Annual statistical returns and brief notes on vaccination in Bengal - 1909-1929
Year: 1909
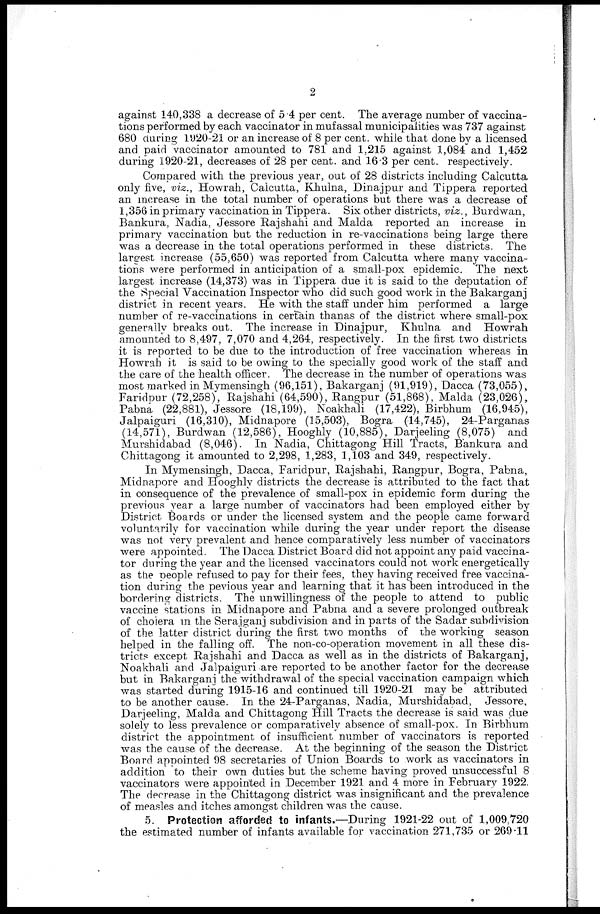
2
against 140,338 a decrease of 5.4 per cent. The average number of vaccina-
tions performed by each vaccinator in mufassal municipalities was 737 against
680 during 1920-21 or an increase of 8 per cent. while that done by a licensed
and paid vaccinator amounted to 781 and 1,215 against 1,084 and 1,452
during 1920-21, decreases of 28 per cent. and 16.3 per cent. respectively.
Compared with the previous year, out of 28 districts including Calcutta
only five, viz., Howrah, Calcutta, Khulna, Dinajpur and Tippera reported
an increase in the total number of operations but there was a decrease of
1,356 in primary vaccination in Tippera. Six other districts, viz., Burdwan,
Bankura, Nadia, Jessore Rajshahi and Malda reported an increase in
primary vaccination but the reduction in re-vaccinations being large there
was a decrease in the total operations performed in these districts. The
largest increase (55,650) was reported from Calcutta where many vaccina-
tions were performed in anticipation of a small-pox epidemic. The next
largest increase (14,373) was in Tippera due it is said to the deputation of
the Special Vaccination Inspector who did such good work in the Bakarganj
district in recent years. He with the staff under him performed a large
number of re-vaccinations in certain thanas of the district where small-pox
generally breaks out. The increase in Dinajpur, Khulna and Howrah
amounted to 8,497, 7,070 and 4,264, respectively. In the first two districts
it is reported to be due to the introduction of free vaccination whereas in
Howrah it is said to be owing to the specially good work of the staff and
the care of the health officer. The decrease in the number of operations was
most marked in Mymensingh (96,151), Bakarganj (91,919), Dacca (73,055),
Faridpur (72,258), Rajshahi (64,590), Rangpur (51,868), Malda (23,026),
Pabna (22,881), Jessore (18,199), Noakhali (17,422), Birbhum (16,945),
Jalpaiguri (16,310), Midnapore (15,503), Bogra (14,745), 24-Parganas
(14,571), Burdwan (12,586), Hooghly (10,885), Darjeeling (8,075) and
Murshidabad (8,046). In Nadia, Chittagong Hill Tracts, Bankura and
Chittagong it amounted to 2,298, 1,283, 1,103 and 349, respectively.
In Mymensingh, Dacca, Faridpur, Rajshahi, Rangpur, Bogra, Pabna,
Midnapore and Hooghly districts the decrease is attributed to the fact that
in consequence of the prevalence of small-pox in epidemic form during the
previous year a large number of vaccinators had been employed either by
District Boards or under the licensed system and the people came forward
voluntarily for vaccination while during the year under report the disease
was not very prevalent and hence comparatively less number of vaccinators
were appointed. The Dacca District Board did not appoint any paid vaccina-
tor during the year and the licensed vaccinators could not work energetically
as the people refused to pay for their fees, they having received free vaccina-
tion during the pevious year and learning that it has been introduced in the
bordering districts. The unwillingness of the people to attend to public
vaccine stations in Midnapore and Pabna and a severe prolonged outbreak
of cholera in the Serajganj subdivision and in parts of the Sadar subdivision
of the latter district during the first two months of the working season
helped in the falling off. The non-co-operation movement in all these dis-
tricts except Rajshahi and Dacca as well as in the districts of Bakarganj,
Noakhali and Jalpaiguri are reported to be another factor for the decrease
but in Bakarganj the withdrawal of the special vaccination campaign which
was started during 1915-16 and continued till 1920-21 may be attributed
to be another cause. In the 24-Parganas, Nadia, Murshidabad, Jessore,
Darjeeling, Malda and Chittagong Hill Tracts the decrease is said was due
solely to less prevalence or comparatively absence of small-pox. In Birbhum
district the appointment of insufficient number of vaccinators is reported
was the cause of the decrease. At the beginning of the season the District
Board appointed 98 secretaries of Union Boards to work as vaccinators in
addition to their own duties but the scheme having proved unsuccessful 8
vaccinators were appointed in December 1921 and 4 more in February 1922.
The decrease in the Chittagong district was insignificant and the prevalence
of measles and itches amongst children was the cause.
5. Protection afforded to infants.—During 1921-22 out of 1,009,720
the estimated number of infants available for vaccination 271,735 or 269.11